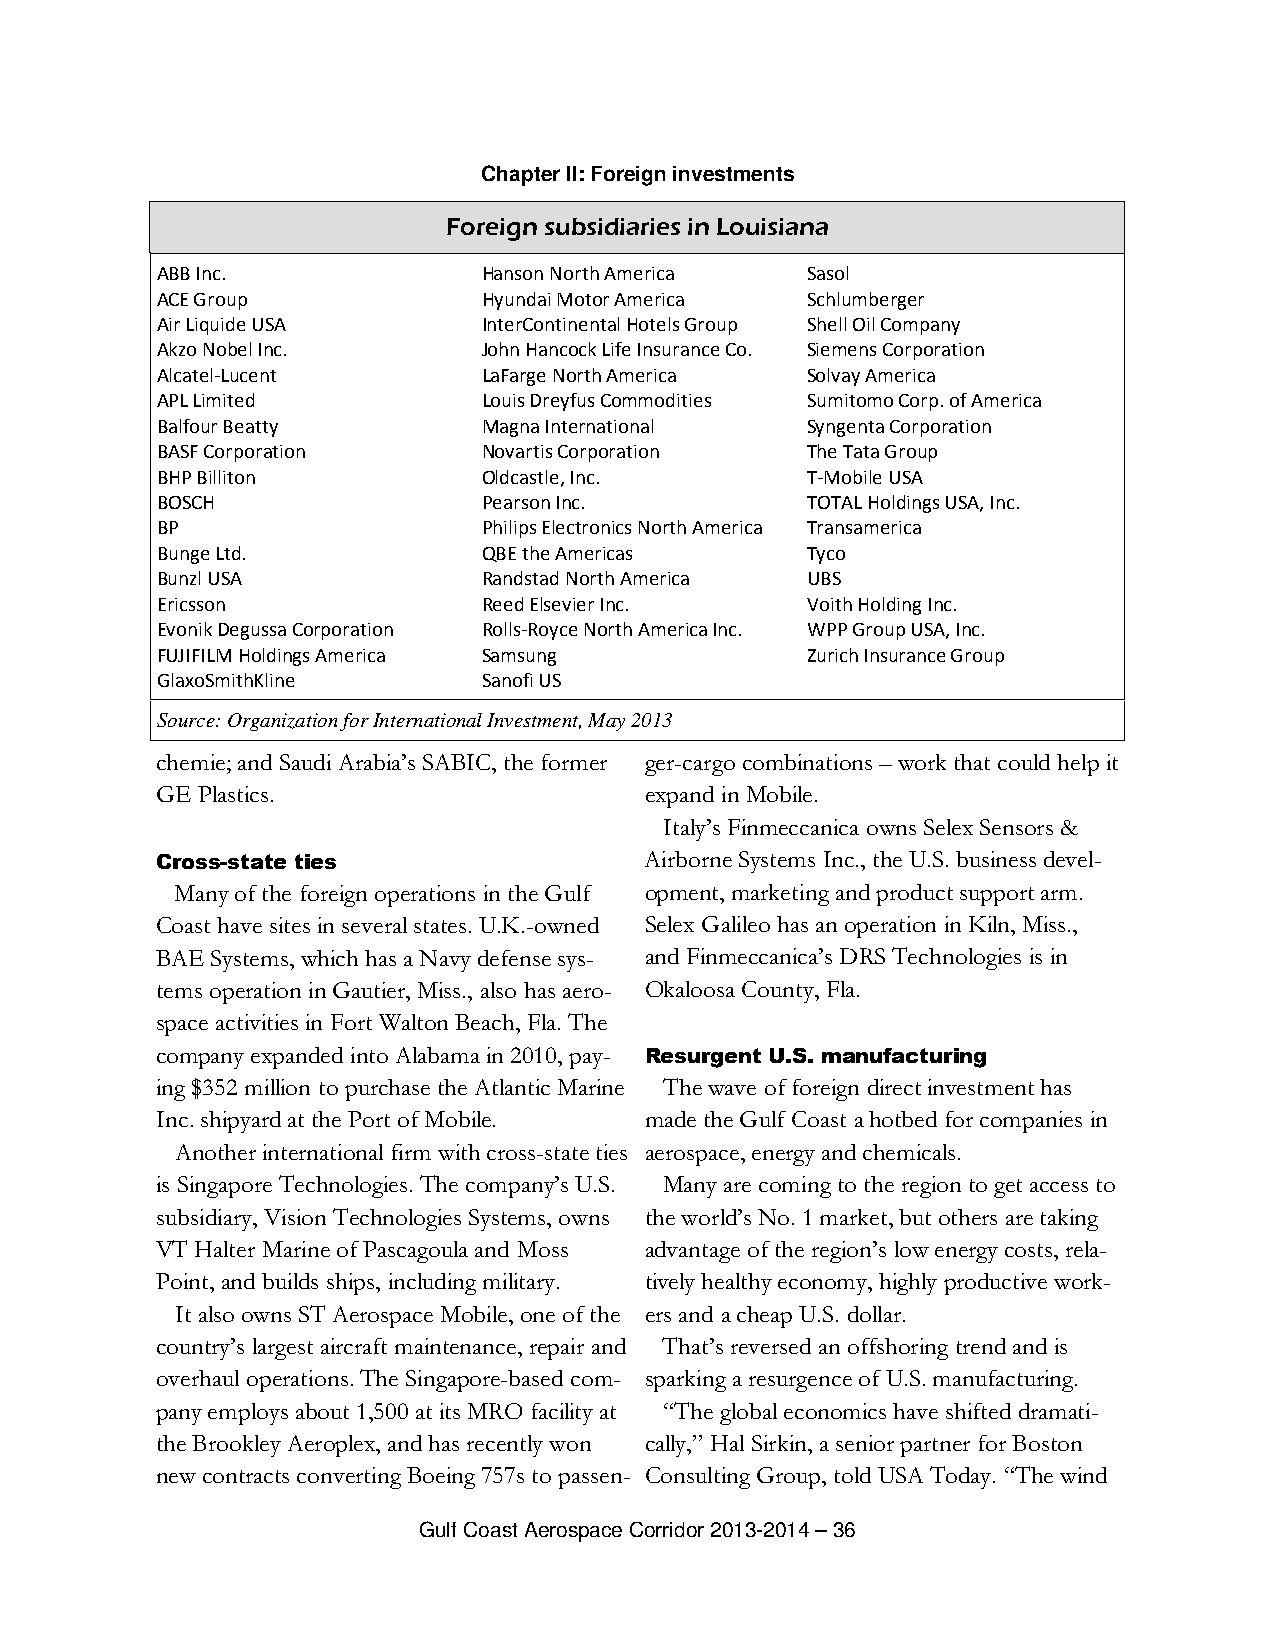
Chapter II: Foreign investments
 Foreign subsidiaries in Louisiana
 ABB Inc.              Hanson North America Sasol
 ACE Group             Hyundai Motor America Schlumberger
 Air Liquide USA       InterContinental Hotels Group Shell Oil Company
 Akzo Nobel Inc.       John Hancock Life Insurance Co. Siemens Corporation
 Alcatel-Lucent        LaFarge North America Solvay America
 APL Limited           Louis Dreyfus Commodities Sumitomo Corp. of America
 Balfour Beatty        Magna International  Syngenta Corporation
 BASF Corporation      Novartis Corporation The Tata Group
 BHP Billiton          Oldcastle, Inc.      T-Mobile USA
 BOSCH                 Pearson Inc.         TOTAL Holdings USA, Inc.
 BP                    Philips Electronics North America Transamerica
 Bunge Ltd.            QBE the Americas     Tyco
 Bunzl USA             Randstad North America UBS
 Ericsson              Reed Elsevier Inc.   Voith Holding Inc.
 Evonik Degussa Corporation Rolls-Royce North America Inc. WPP Group USA, Inc.
 FUJIFILM Holdings America Samsung          Zurich Insurance Group
 GlaxoSmithKline       Sanofi US
 Source: Organization for International Investment, May 2013
 chemie; and Saudi Arabia’s SABIC, the former ger-cargo combinations – work that could help it
 GE Plastics.                     expand in Mobile.
 Italy’s Finmeccanica owns Selex Sensors &
 Cross-state ties                 Airborne Systems Inc., the U.S. business devel-
 Many of the foreign operations in the Gulf opment, marketing and product support arm.
 Coast have sites in several states. U.K.-owned Selex Galileo has an operation in Kiln, Miss.,
 BAE Systems, which has a Navy defense sys- and Finmeccanica’s DRS Technologies is in
 tems operation in Gautier, Miss., also has aero- Okaloosa County, Fla.
 space activities in Fort Walton Beach, Fla. The
 company expanded into Alabama in 2010, pay- Resurgent U.S. manufacturing
 ing $352 million to purchase the Atlantic Marine The wave of foreign direct investment has
 Inc. shipyard at the Port of Mobile. made the Gulf Coast a hotbed for companies in
 Another international firm with cross-state ties aerospace, energy and chemicals.
 is Singapore Technologies. The company’s U.S. Many are coming to the region to get access to
 subsidiary, Vision Technologies Systems, owns the world’s No. 1 market, but others are taking
 VT Halter Marine of Pascagoula and Moss advantage of the region’s low energy costs, rela-
 Point, and builds ships, including military. tively healthy economy, highly productive work-
 It also owns ST Aerospace Mobile, one of the ers and a cheap U.S. dollar.
 country’s largest aircraft maintenance, repair and That’s reversed an offshoring trend and is
 overhaul operations. The Singapore-based com- sparking a resurgence of U.S. manufacturing.
 pany employs about 1,500 at its MRO facility at “The global economics have shifted dramati-
 the Brookley Aeroplex, and has recently won cally,” Hal Sirkin, a senior partner for Boston
 new contracts converting Boeing 757s to passen- Consulting Group, told USA Today. “The wind
 Gulf Coast Aerospace Corridor 2013-2014 – 36